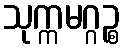
သုက္ကမဂ္ဂဉ္စ